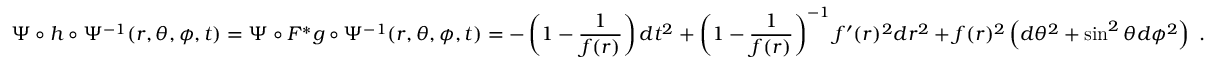
\Psi \circ h \circ \Psi ^ { - 1 } ( r , \theta , \phi , t ) = \Psi \circ F ^ { * } g \circ \Psi ^ { - 1 } ( r , \theta , \phi , t ) = - \left( 1 - \frac { 1 } { f ( r ) } \right) d t ^ { 2 } + \left( 1 - \frac { 1 } { f ( r ) } \right) ^ { - 1 } f ^ { \prime } ( r ) ^ { 2 } d r ^ { 2 } + f ( r ) ^ { 2 } \left( d \theta ^ { 2 } + \sin ^ { 2 } \theta d \phi ^ { 2 } \right) \; .